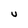
Character: u